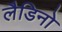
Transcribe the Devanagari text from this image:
लैडिनो